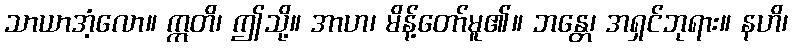
သာယာအံ့လော။ ဣတိ၊ ဤသို့။ အာဟ၊ မိန့်တော်မူ၏။ ဘန္တေ၊ အရှင်ဘုရား။ နဟိ၊